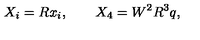
X _ { i } = R x _ { i } , \qquad X _ { 4 } = W ^ { 2 } R ^ { 3 } q ,